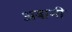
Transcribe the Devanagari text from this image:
अबानी